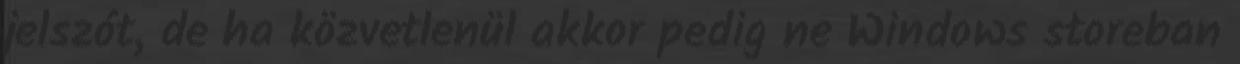
jelszót, de ha közvetlenül akkor pedig ne Windows storeban